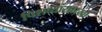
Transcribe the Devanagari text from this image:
पिशव्यांसारखा